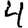
Digit: 4